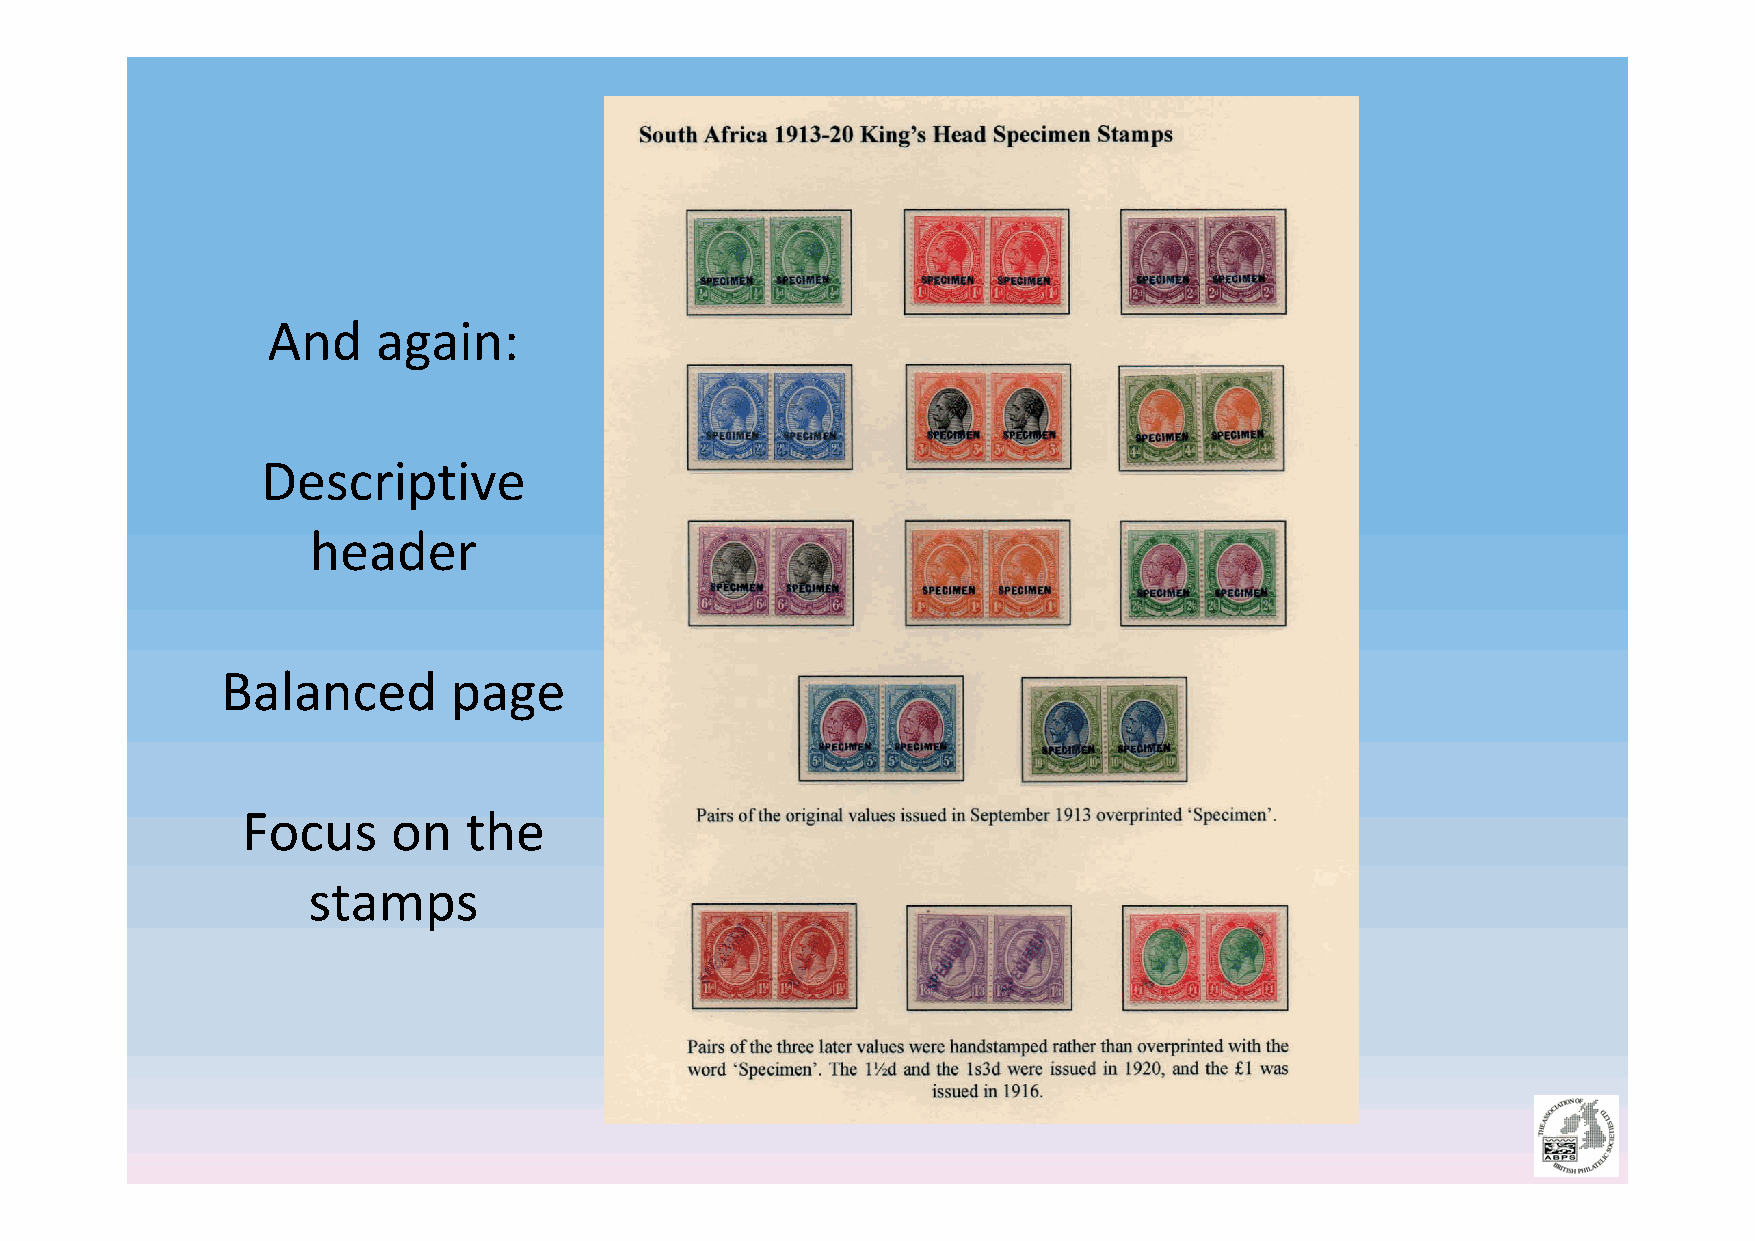
And    again:
 Descriptive
 header
 Balanced       page
 Focus     on   the
 stamps